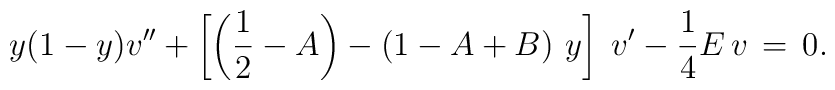
y(1-y) v'' + \left[ \left({1 \over 2} -A \right)-\left(1-A+B \right)\,y \right]\;v'-{1 \over 4} E\, v \,=\, 0.